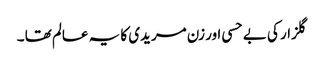
گلزار کی بے حسی اور زن مریدی کا یہ عالم تھا ۔